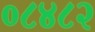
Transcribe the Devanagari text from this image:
०८४८२